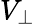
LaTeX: V_{\perp}